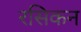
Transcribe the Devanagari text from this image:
रसिकन